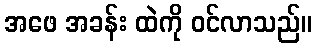
အဖေ အခန်း ထဲကို ဝင်လာသည်။